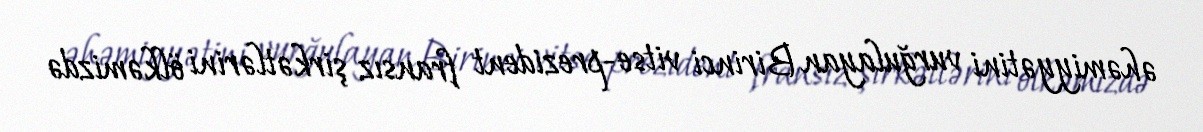
əhəmiyyətini vurğulayan Birinci vitse-prezident fransız şirkətlərini ölkəmizdə